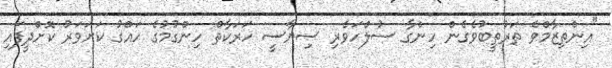
"އިންތިޒާމްވެ ތަރުތީބުވެގެން ހިންގާ ސުލްހަވެރި ސިޔާސީ ހަރަކާތް ހިންގުމުގެ ހައްގު ކަށަވަރު ކޮށްދީފައި